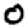
Digit: 0